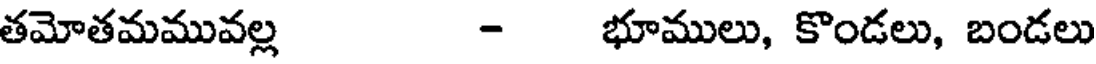
తమోతమమువల్ల - భూములు, కొండలు, బండలు